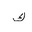
Letter: _kaf